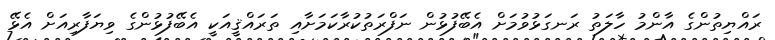
ރައްޔިތުންގެ އާންމު ހާލަތު ރަނގަޅުވުމަށް އެބޭފުޅުން ނަފްރަތުކުރާކަމަށާއި ތަރައްޤީއަކީ އެބޭފުޅުންގެ ވިޔަފާރިއަށް އެޅޭ